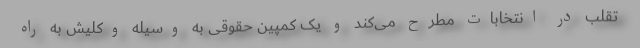
تقلب در انتخابات مطرح می‌کند و یک کمپین حقوقی به وسیله وکلیش به راه